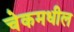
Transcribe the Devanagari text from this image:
चेकमधील